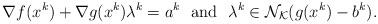
LaTeX: \begin{align*} \nabla f(x^k)+\nabla g(x^k)\lambda^k=a^k\ \ {\rm and}\ \ \lambda^k\in\mathcal{N}_{\mathcal{K}}(g(x^k)-b^k). \end{align*}